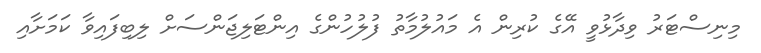
މިނިސްޓަރު ވިދާޅުވީ އޭގެ ކުރިން އެ މައުލުމާތު ފުލުހުންގެ އިންޓަލިޖަންސަށް ލިބިފައިވާ ކަމަށާއި